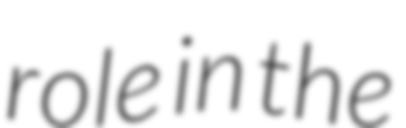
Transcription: role in the